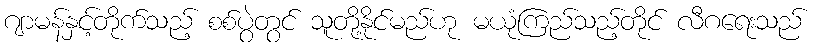
ဂျာမန်နှင့်တိုက်သည့် စစ်ပွဲတွင် သူတို့နိုင်မည်ဟု မယုံကြည်သည့်တိုင် လီဂရေးသည်